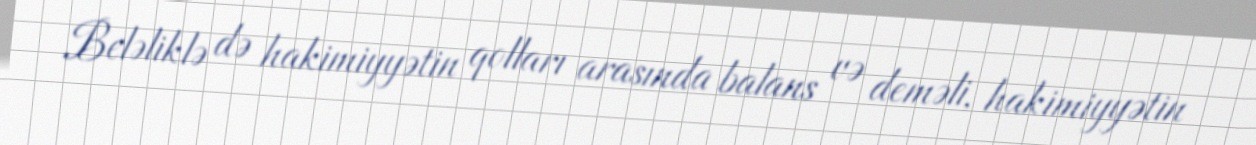
Beləliklə də hakimiyyətin qolları arasında balans və deməli, hakimiyyətin